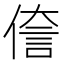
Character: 𫣄